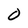
Character: 0